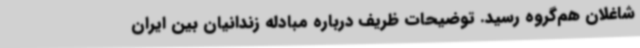
شاغلان هم‌گروه رسید. توضیحات ظریف درباره مبادله زندانیان بین ایران